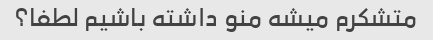
متشکرم میشه منو داشته باشیم لطفا؟